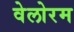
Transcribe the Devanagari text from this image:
वेलोरम